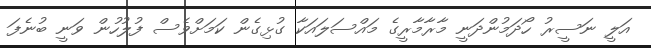
އަލީ ނަސީރު ހޯދަމުންދަނީ މާރާމާރީގެ މައްސަލައަކާ ގުޅިގެން ކަމަށްވެސް ފުލުހުން ވަނީ ބުނެފަ